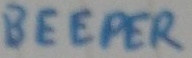
Text: BEEPER